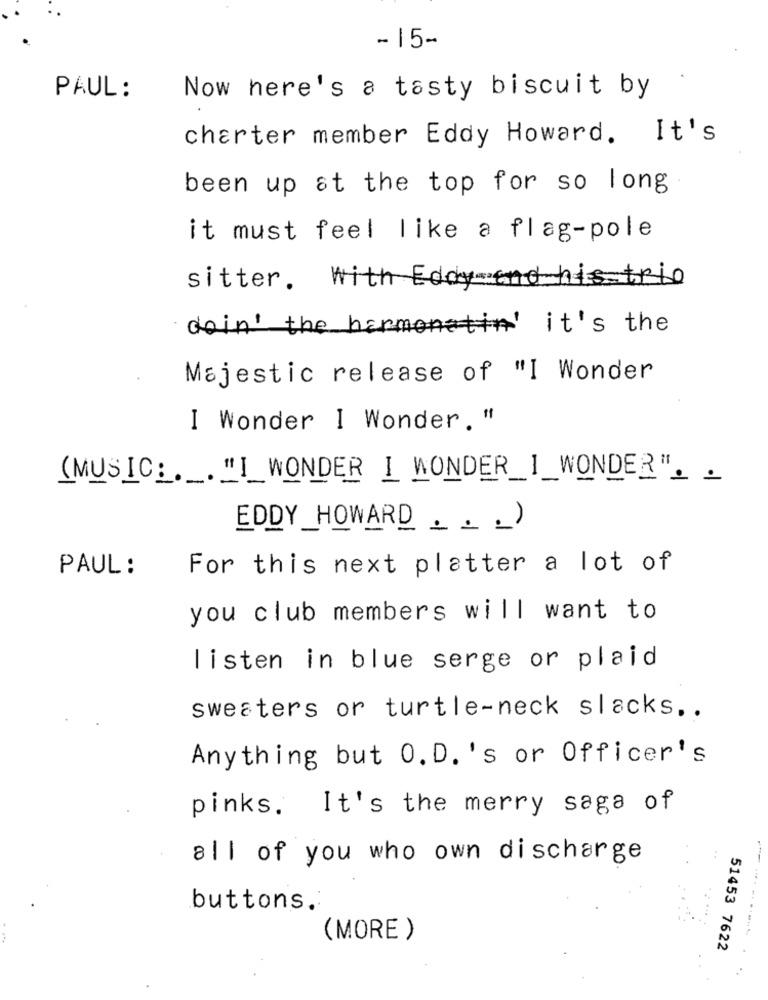
- 15-
PAUL :
Now here's a tasty biscuit by
charter member Eddy Howard. It's
been up at the top for so long
it must feel like a flag-pole
sitter. with Eddy and historie
doin' the harmoni it's the
Majestic release of "I Wonder
I Wonder I Wonder. "
(MUSIC: ._. "I WONDER I WONDER_I_WONDER". .
EDDY _HOWARD . .. )
For this next platter a lot of
PAUL :
you club members will want to
listen in blue serge or plaid
sweaters or turtle-neck slacks. .
Anything but O. D. 's or Officer's
pinks. It's the merry saga of
all of you who own discharge
buttons.
(MORE )
----------
51453 7622